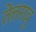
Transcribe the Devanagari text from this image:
तेत्तरावु